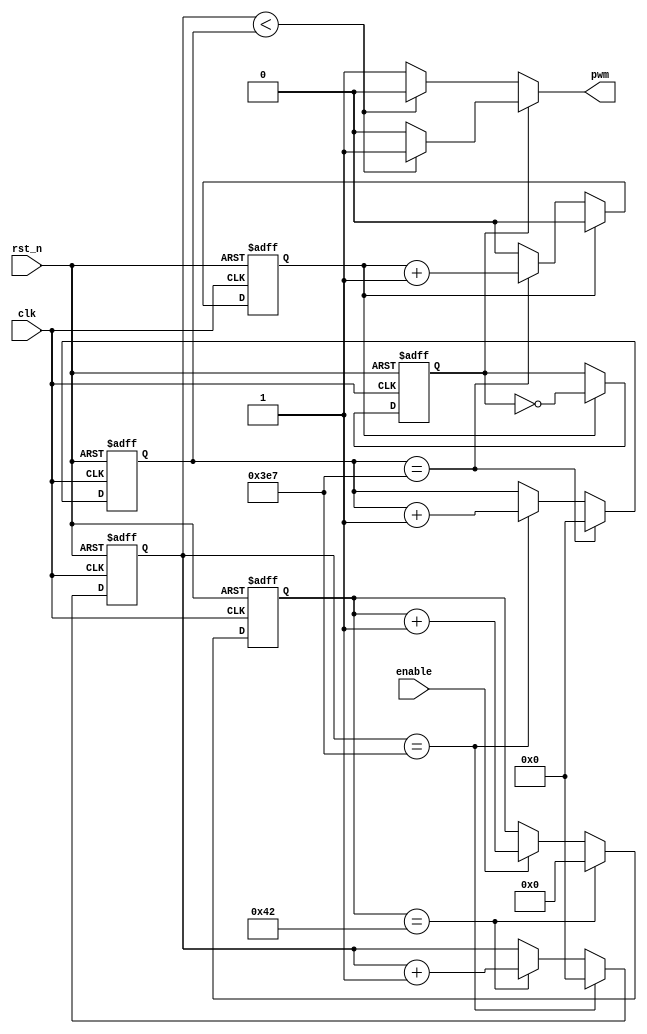
module breath_led (
    input clk, // 20ns
    input rst_n,
    input enable,
    output pwm
);
    reg [6:0] cnt_1; // base
    reg [9:0] cnt_2; // us
    reg [9:0] cnt_3; // ms
    reg  cnt_4; // s
    reg flag;

    always @(posedge clk or negedge rst_n) begin // 501us1us  cnt_1
        if(!rst_n)                              
            cnt_1 <= 7'b0;
        else begin
            if(cnt_1 == 66)        
                cnt_1 <= 7'b0;
            else
                if(enable) cnt_1 <= cnt_1 + 7'b1;
                else cnt_1 <= cnt_1;
        end
    end
    
    always @(posedge clk or negedge rst_n) begin // cnt_149cnt_2us
        if(!rst_n)
            cnt_2 <= 10'b0;
        else begin
            if(cnt_2 == 999)        
                cnt_2 <= 10'b0;
            else begin
                if (cnt_1 == 66) begin
                    cnt_2 <= cnt_2 + 10'b1;
                end
                else cnt_2 <= cnt_2;
            end
        end
    end

    always @(posedge clk or negedge rst_n) begin // cnt_2999cnt_3ms
        if(!rst_n)
            cnt_3 <= 10'b0;
        else begin
            if(cnt_3 == 999)        
                cnt_3 <= 10'b0;
            else begin
                if (cnt_2 == 999) begin
                    cnt_3 <= cnt_3 + 10'b1;
                end
                else cnt_3 <= cnt_3;
            end
        end
    end

    always @(posedge clk or negedge rst_n) begin // cnt_3999cnt_4s
        if(!rst_n)
            cnt_4 <= 1'b0;
        else begin
            if(cnt_4 == 1)        
                cnt_4 <= 1'b0;
            else begin
                if (cnt_3 == 999) begin
                    cnt_4 <= cnt_4 + 1'b1;
                end
                else cnt_4 <= cnt_4;
            end
        end
    end

    always @(posedge clk or negedge rst_n) begin // 
        if(!rst_n)
            flag <= 1;
        else begin
            if(cnt_4 == 1)
                flag <= ~flag;
            else 
                flag <= flag;
        end
    end

    assign pwm = (flag)? ((cnt_2 < cnt_3)? 1'b1 : 1'b0):((cnt_2 < cnt_3)? 1'b0 : 1'b1);

endmodule